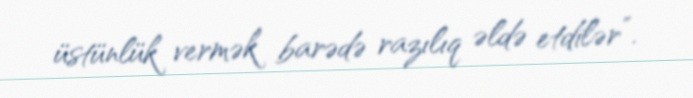
üstünlük vermək barədə razılıq əldə etdilər”.